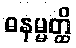
ဓနမ္မတ္ထိ